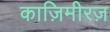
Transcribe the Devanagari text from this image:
काज़िमीरज़